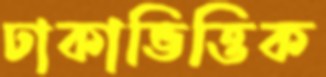
ঢাকাভিত্তিক